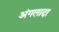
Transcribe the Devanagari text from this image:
अंगलादा